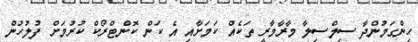
ހިންގަމުންދާ ސިލްސިލާ މާރާމާރީ ތަކެއް ކަމަށާއި އެ ކަން ކޮންޓްރޯކް ކުރުމަށް ފުލުހުން